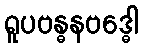
ရူပဗန္ဓနဗဒ္ဓေါ